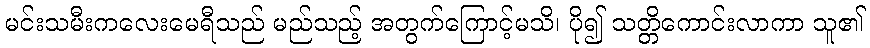
မင်းသမီးကလေးမေရီသည် မည်သည့် အတွက်ကြောင့်မသိ၊ ပို၍ သတ္တိကောင်းလာကာ သူ၏